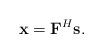
LaTeX: \begin{align*}\mathbf{x} = \mathbf{F}^H\mathbf{s}.\end{align*}